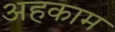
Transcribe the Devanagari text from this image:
अहकाम